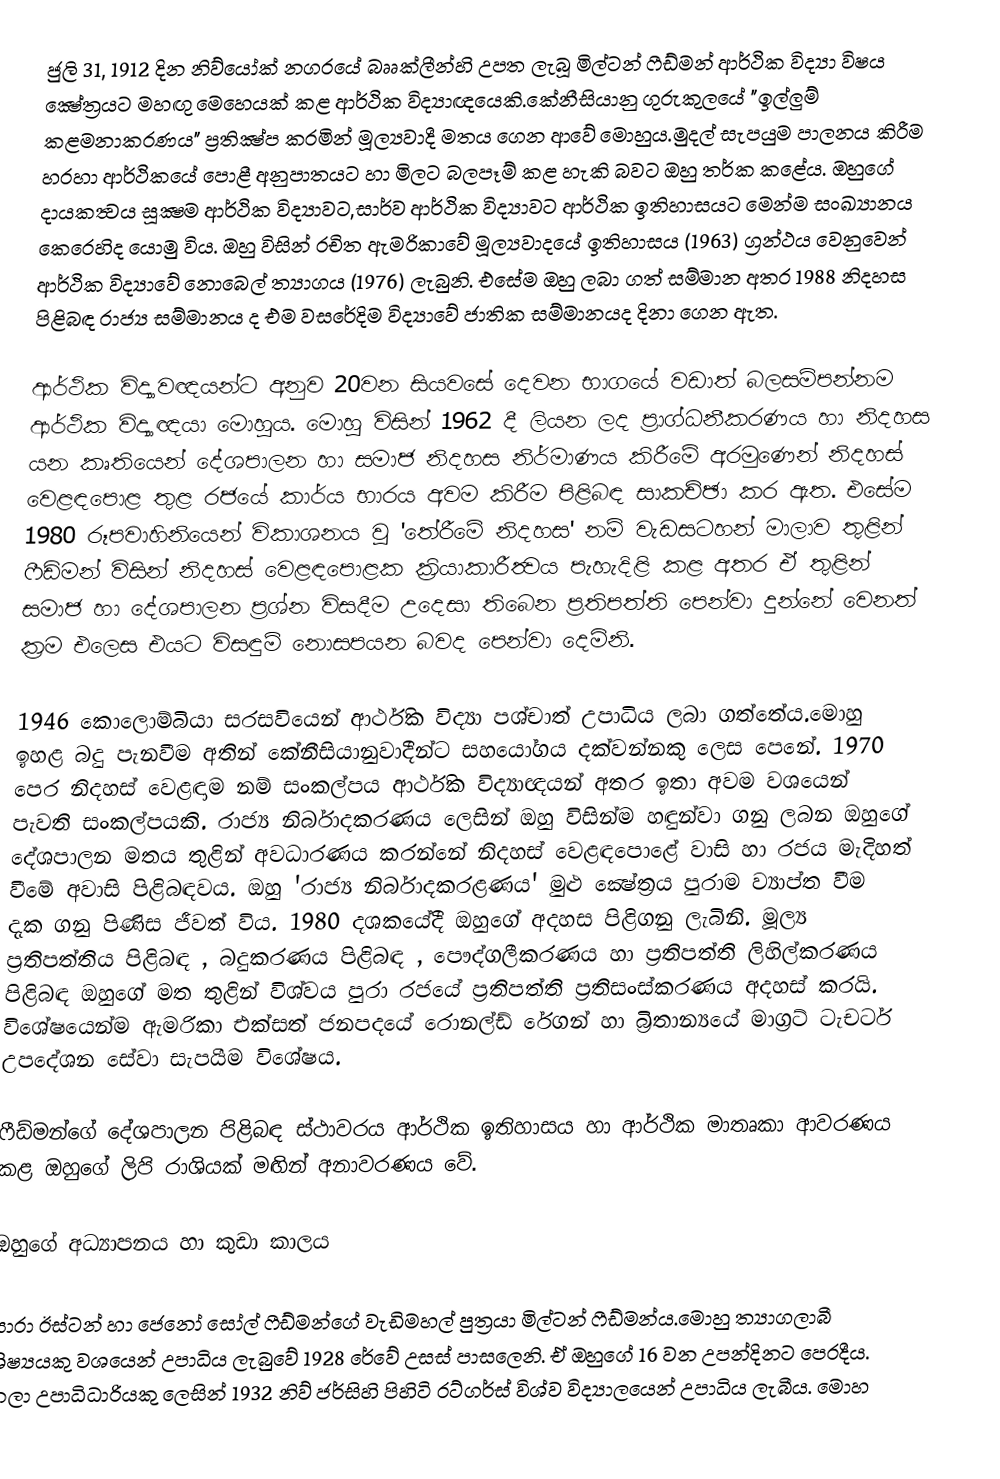
ජුලි 31, 1912 දින නිව්යෝක් නගරයේ බෲක්ලීන්හි උපත ලැබූ මිල්‍ටන් ෆීඩ්මන් ආර්ථික විද්‍යා විෂය ක්‍ෂේත්‍රයට මහඟු මෙහෙයක් කළ ආර්ථික විද්‍යාඥයෙකි.කේනීසියානු ගුරුකුලයේ "ඉල්ලුම් කළමනාකරණය" ප්‍රතික්‍ෂ්ප කරමින් මූල්‍යවාදී මත‍ය ගෙන ආවේ මොහුය.මුදල් සැපයුම පාලනය කිරීම හරහා ආර්ථිකයේ පොළී අනුපාතයට හා මිලට බලපෑම් කළ හැකි බවට ඔහු තර්ක කළේය. ඔහුගේ දායකත්‍වය සූක්‍ෂම ආර්ථික විද්‍යාවට,සාර්ව ආර්ථික විද්‍යාවට ආර්ථික ඉතිහාසයට මෙන්ම සංඛ්‍යානය කෙරෙහිද යොමු විය. ඔහු විසින් රචිත ඇමරිකාවේ මූල්‍යවාදයේ ඉතිහාසය (1963) ග්‍රන්ථය වෙනුවෙන් ආර්ථික විද්‍යාවේ නොබෙල් ත්‍යාගය (1976) ලැබුනි. එසේම ඔහු ලබා ගත් සම්මාන අතර 1988 නිදහස පිළිබඳ රාජ්‍ය සම්මානය ද එම වසරේදිම විද්‍යාවේ ජාතික සම්මානයද දිනා ගෙන ඇත.

ආර්ථික විද්‍යාවඥයන්ට අනුව 20වන සියවසේ දෙවන භාගයේ වඩාත් බලසම්පන්නම ආර්ථික විද්‍යාඥයා මොහුය. මොහු විසින් 1962 දී ලියන ලද ප්‍රාග්ධනීකරණය හා නිදහස යන කෘතියෙන් දේශපාලන හා සමාජ නිදහස නිර්මාණය කිරීමේ අරමුණෙන් නිදහස් වෙළඳපොළ තුළ රජයේ කාර්ය භා‍රය අවම කිරීම පිළිබඳ සාකච්ඡා කර ඇත. එසේම 1980 රූපවාහිනියෙන් විකාශනය වූ 'තේරීමේ නිදහස' නම් වැඩසටහන් මාලාව තුළින් ෆීඩ්මන් විසින් නිදහස් වෙළඳපොළක ක්‍රියාකාරීත්‍වය පැහැදිළි කළ අතර ඒ තුළින්  සමාජ හා දේශපාලන ප්‍රශ්න විසදීම උදෙසා තිබෙන ප්‍රතිපත්ති පෙන්වා දුන්නේ වෙනත් ක්‍රම එලෙස එයට විසඳුම් නොසපයන බවද පෙන්වා දෙමිනි.

1946 කොලොම්බියා සරසවියෙන් ආර්ථික විද්‍යා පශ්චාත් උපාධිය ලබා ගත්තේය.මොහු ඉහළ බදු පැනවීම අතින් කේනීසියානුවාදීන්ට සහයෝගය දක්වන්නකු ලෙස පෙනේ. 1970 පෙර නිදහස් වෙළඳාම නම් සංකල්පය ආර්ථික විද්‍යාඥයන් අතර ඉතා අවම වශයෙන් පැවති සංකල්පයකි. රාජ්‍ය නිර්බාදකරණය ලෙසින් ඔහු විසින්ම හඳුන්වා ගනු ලබන ඔහුගේ දේශපාලන මතය තුළින් අවධාරණය කරන්නේ නිදහස් වෙළඳපොළේ වාසි හා රජය මැදිහත් වීමේ අවාසි පිළිබඳවය. ඔහු 'රාජ‍්‍ය නිර්බාදකරළණය' මුළු ‍ක්‍ෂේත්‍රය පුරාම ව්‍යාප්ත වීම දැක ගනු පිණිස ජීවත් විය. 1980 දශකයේදී ඔහුගේ අදහස පිළිගනු ලැබිනි. මූල්‍ය ප්‍රතිපත්තිය පිළිබඳ , බදුකරණය පිළිබඳ , පෞද්ගලීකරණය හා ප්‍රතිපත්ති ලිහිල්කරණය පිළිබඳ ඔහුගේ මත තුළින් විශ්වය පුරා රජයේ ප්‍රතිපත්ති ප්‍රතිසංස්කරණය අදහස් කරයි. විශේෂයෙන්ම ඇමරිකා එක්සත් ජනපදයේ රොනල්ඩ් රේගන් හා බ්‍රිතාන්‍යයේ මාග්‍රට් ටැචර්ට උපදේශන සේවා සැපයීම විශේෂය.

ෆීඩ්මන්ගේ දේශපාලන පිළිබඳ ස්ථාවරය ආර්ථික ඉතිහාසය හා ආර්ථික මාතෘකා ආවරණය කළ ඔහුගේ ලිපි රාශියක් මඟින් අනාවරණය වේ.

ඔහුගේ අධ්‍යාපනය හා කුඩා කාලය

සාරා ඊස්ටන් හා ‍ජෙනෝ සෝල් ෆීඩ්මන්ගේ වැඩිමහල් පුත්‍රයා මිල්‍ටන් ෆීඩ්මන්ය.මොහු ත්‍යාගලාබී ශිෂ්‍යයකු වශයෙන් උපාධිය ලැබුවේ 1928 රේවේ උසස් පාසලෙනි. ඒ ඔහුගේ 16 වන උපන්දිනට පෙරදීය. කලා උපාධිධාරියකු ලෙසින් 1932 නිව් ජර්සිහි පිහිටි රට්ගර්ස් විශ්ව විද්‍යාලයෙන් උපාධිය ලැබීය. මොහ